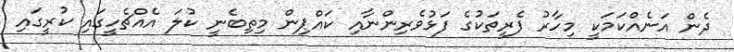
ދެން އަނެއްކަމަކީ މިހާރު ފެރީތަކުގެ ފަޅުވެރިންނާއި ކައްޕިން މިތިބެނީ ކުލަ އެއްޗެހީގައި ކުރީގައި